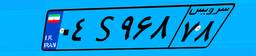
۰۴S۹۶۸۷۸